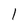
Character: 1